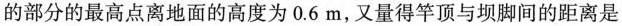
的部分的最高点离地面的高度为0.6m，又量得竿顶与坝脚间的距离是